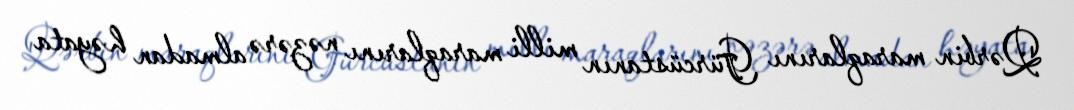
Qərbin maraqlarını Gürcüstanın milli maraqlarını nəzərə almadan həyata